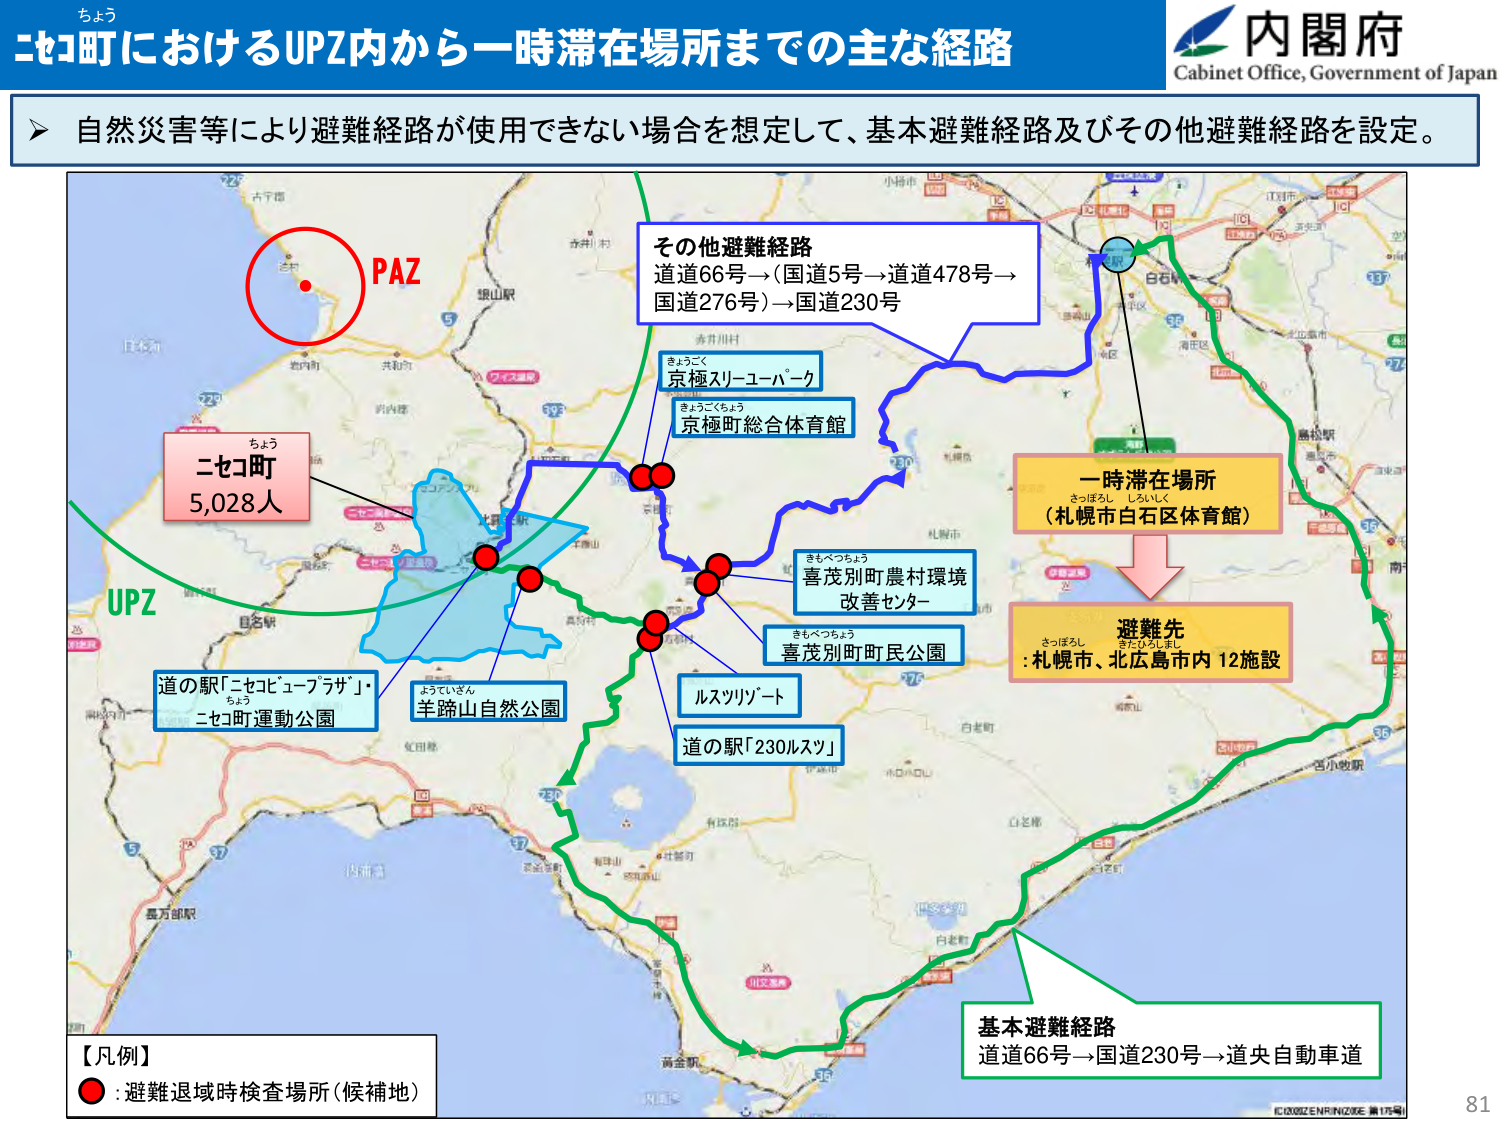
ちよう
ニコ町におけるUPZ内から一時滞在場所までの主な経路
内閣府
Cabinet Office, Government of Japan
自然災害等により避難経路が使用できない場合を想定して、基本避難経路及びその他避難経路を設定。
PAZ
ちよう
ニコ町
5,028人
UPZ
道の駅「ニコビューブラザ」・
ちよう
ニコ町運動公園
ようていさん
羊蹄山自然公園
きょうごく
京極スリーユーパーク
きょうごくちょう
京極町総合体育館
その他避難経路
道道66号→（国道5号→道道478号→
国道276号）→国道230号
きもべつちょう
喜茂別町農村環境
改善センター
きもべつちょう
喜茂別町町民公園
ルスツリゾート
道の駅「230ルスツ」
一時滞在場所
さっぽろし しろいしく
（札幌市白石区体育館）
避難先
さっぽろし きたみし じょう
:札幌市、北広島市内 12施設
基本避難経路
道道66号→国道230号→道央自動車道
【凡例】
● :避難退域時検査場所（候補地）
81
©2002 ZENRIN CO.,LTD. 第175号